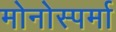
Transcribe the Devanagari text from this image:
मोनोस्पर्मा